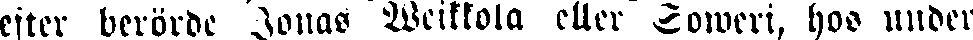
efter berörde Jonas Weikkola eller Soweri, hos under